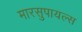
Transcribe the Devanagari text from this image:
मारसुपायल्स